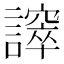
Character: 𧬵